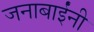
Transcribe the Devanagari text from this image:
जनाबाईंनी